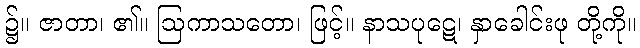
၌။ ဇာတာ၊ ၏။ ဩကာသတော၊ ဖြင့်။ နာသပုဋေ၊ နှာခေါင်းဖု တို့ကို။